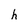
Character: h